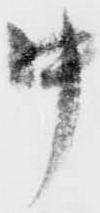
中